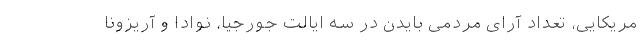
مریکایی، تعداد آرای مردمی بایدن در سه ایالت جورجیا، نوادا و آریزونا